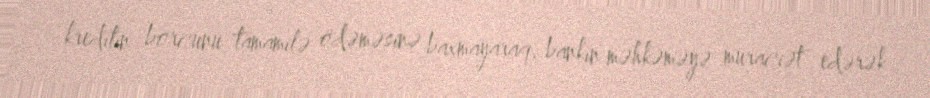
kreditin borcunu tamamilə ödəməsinə baxmayaraq, bankın məhkəməyə müraciət edərək